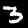
Digit: 3